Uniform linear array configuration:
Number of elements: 12
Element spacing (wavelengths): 1
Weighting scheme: hamming
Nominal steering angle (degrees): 45
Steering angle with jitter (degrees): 44.438
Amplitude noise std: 0.05
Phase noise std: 0.05

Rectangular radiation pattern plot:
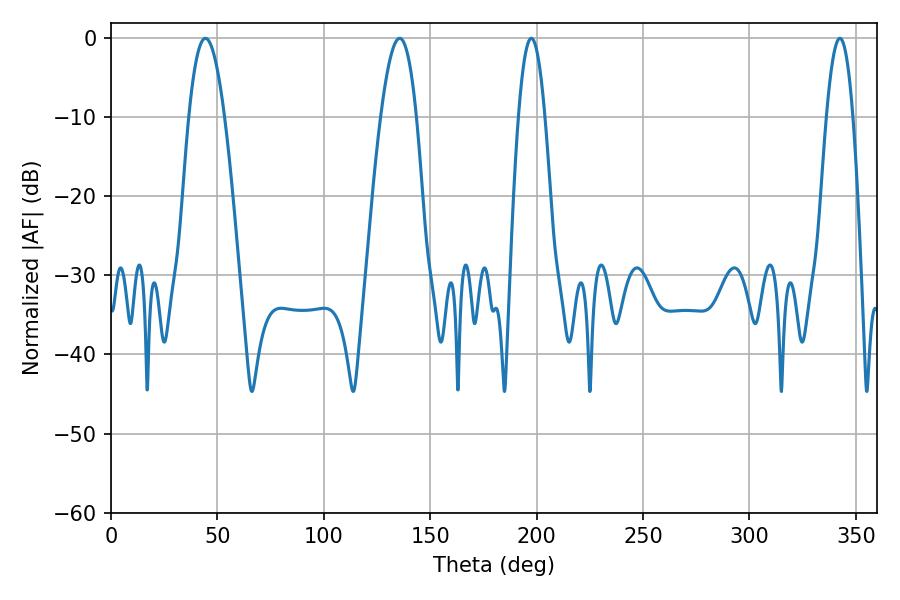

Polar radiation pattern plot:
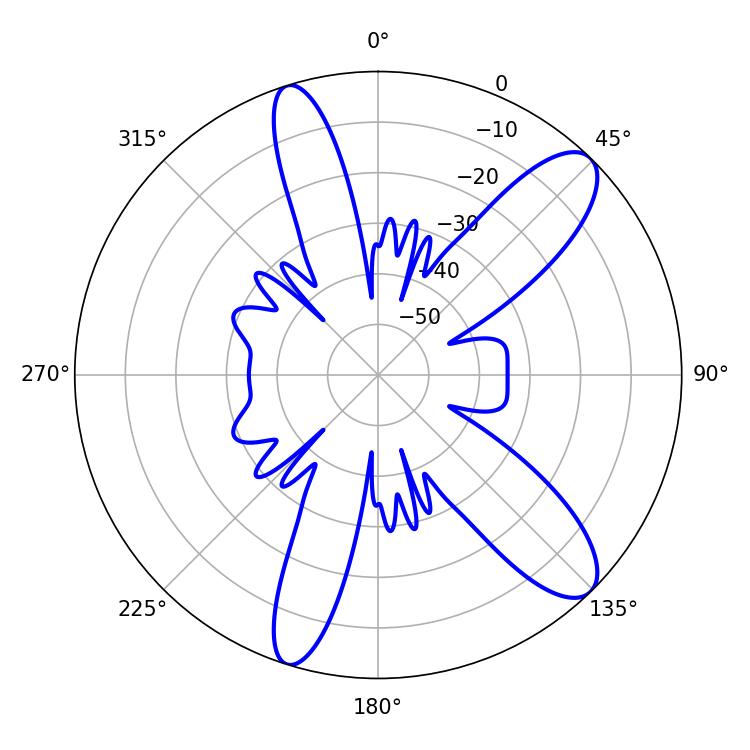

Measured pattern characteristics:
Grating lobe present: TRUE
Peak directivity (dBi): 10.851
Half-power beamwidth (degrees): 6.66
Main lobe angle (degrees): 197.46